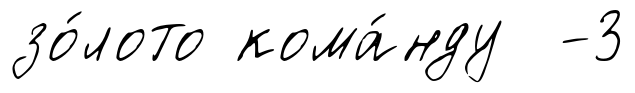
зо́лото кома́нду -3